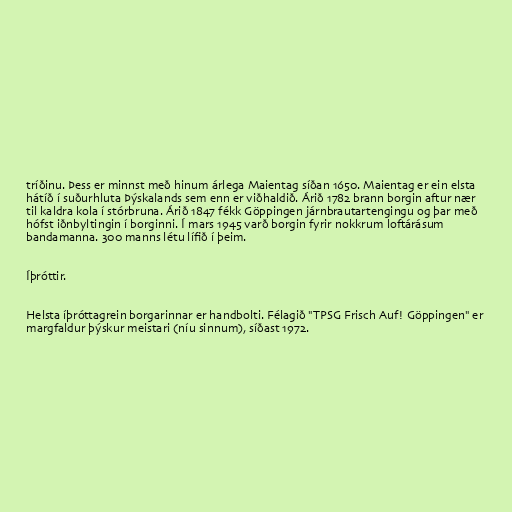
tríðinu. Þess er minnst með hinum árlega Maientag síðan 1650. Maientag er ein elsta
hátíð í suðurhluta Þýskalands sem enn er viðhaldið. Árið 1782 brann borgin aftur nær
til kaldra kola í stórbruna. Árið 1847 fékk Göppingen járnbrautartengingu og þar með
hófst iðnbyltingin í borginni. Í mars 1945 varð borgin fyrir nokkrum loftárásum
bandamanna. 300 manns létu lífið í þeim.

Íþróttir.

Helsta íþróttagrein borgarinnar er handbolti. Félagið "TPSG Frisch Auf! Göppingen" er
margfaldur þýskur meistari (níu sinnum), síðast 1972.